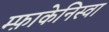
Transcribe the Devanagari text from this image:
म्फ़ाकेनिस्वा